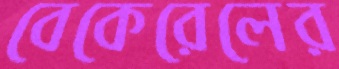
বেকেরেলের